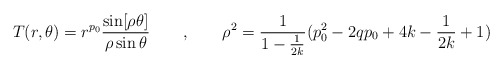
\begin{align*}T(r,\theta)= r^{p_0} \frac{\sin[\rho \theta]}{\rho \sin\theta} \qquad, \qquad \rho^2 = \frac{1}{1-\frac{1}{2k}}(p_{0}^2- 2 q p_0 + 4 k -\frac{1}{2k} +1)\end{align*}